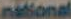
national